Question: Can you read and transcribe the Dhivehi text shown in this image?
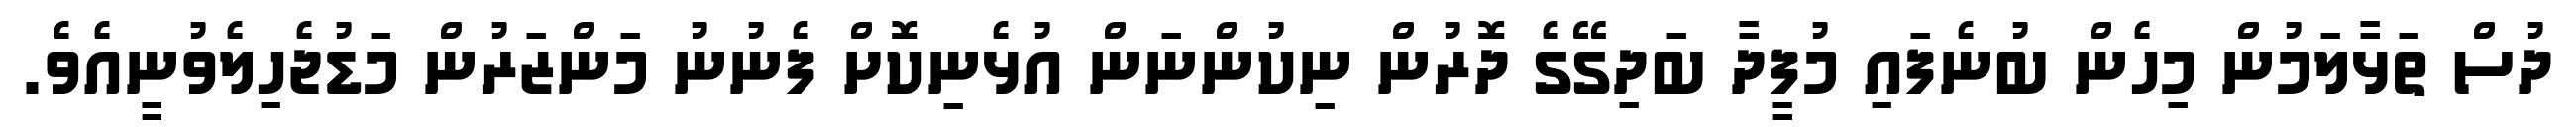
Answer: ދުސް ތަޅާލަމުން މިހެން ބުނެފައި މުފީދާ ބަދިގޭގެ ދޮރުން ނިކުންނަން އުޅެނިކޮށް ފެނުނު މަންޒަރުން މަޑުޖެހިލެވުނީއެވެ.